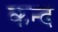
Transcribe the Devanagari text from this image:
कन्‍द